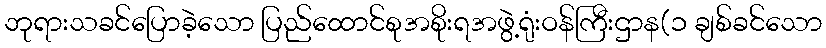
ဘုရားသခင်ပြောခဲ့သော ပြည်ထောင်စုအစိုးရအဖွဲ့ရုံးဝန်ကြီးဌာန(၁ ချစ်ခင်သော